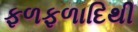
ફળફળાદિથી